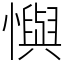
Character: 懙